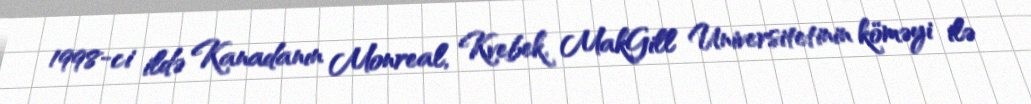
1998-ci ildə Kanadanın Monreal, Kvebek, MakGill Universitetinin köməyi ilə